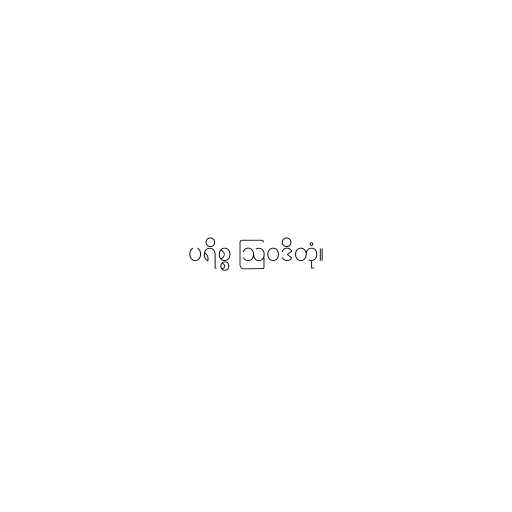
ပရိစ္စ ဩဝဒိတုံ။